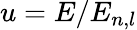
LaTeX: u=E/E_{n,l}